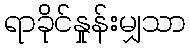
ရာခိုင်နှုန်းမျှသာ